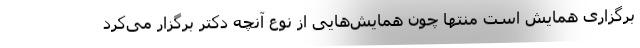
برگزاری همایش است منتها چون همایش‌هایی از نوع آنچه دکتر برگزار می‌کرد